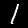
Digit: 1